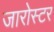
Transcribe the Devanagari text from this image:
जारोस्टर